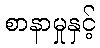
စာနာမှုနှင့်